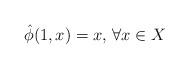
LaTeX: \begin{align*} \hat{\phi}(1,x) =x, \, \forall x\in X\end{align*}